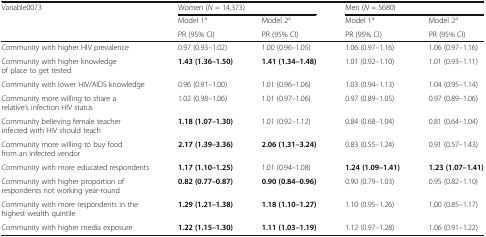
| <ROWSPAN=3> Variable0073 | <COLSPAN=2> Women (N = 14,373) | <COLSPAN=2> Men (N = 5680) |
 | Model 1a | Model 2a | Model 1a | Model 2a |
 | PR (95% CI) | PR (95% CI) | PR (95% CI) | PR (95% CI) |
 | --- | --- | --- | --- | --- |
 | Community with higher HIV prevalence | 0.97 (0.93–1.02) | 1.00 (0.96–1.05) | 1.06 (0.97–1.16) | 1.06 (0.97–1.16) |
 | Community with higher knowledge of place to get tested | 1.43 (1.36–1.50) | 1.41 (1.34–1.48) | 1.01 (0.92–1.10) | 1.01 (0.93–1.11) |
 | Community with lower HIV/AIDS knowledge | 0.96 (0.91–1.00) | 1.01 (0.96–1.06) | 1.03 (0.94–1.13) | 1.04 (0.95–1.14) |
 | Community more willing to share a relative’s infection HIV status | 1.02 (0.98–1.06) | 1.01 (0.97–1.06) | 0.97 (0.89–1.05) | 0.97 (0.89–1.06) |
 | Community believing female teacher infected with HIV should teach | 1.18 (1.07–1.30) | 1.01 (0.92–1.12) | 0.84 (0.68–1.04) | 0.81 (0.64–1.04) |
 | Community more willing to buy food from an infected vendor | 2.17 (1.39–3.36) | 2.06 (1.31–3.24) | 0.83 (0.55–1.24) | 0.91 (0.57–1.43) |
 | Community with more educated respondents | 1.17 (1.10–1.25) | 1.01 (0.94–1.08) | 1.24 (1.09–1.41) | 1.23 (1.07–1.41) |
 | Community with higher proportion of respondents not working year-round | 0.82 (0.77–0.87) | 0.90 (0.84–0.96) | 0.90 (0.79–1.03) | 0.95 (0.82–1.10) |
 | Community with more respondents in the highest wealth quintile | 1.29 (1.21–1.38) | 1.18 (1.10–1.27) | 1.10 (0.95–1.26) | 1.00 (0.85–1.17) |
 | Community with higher media exposure | 1.22 (1.15–1.30) | 1.11 (1.03–1.19) | 1.12 (0.97–1.28) | 1.06 (0.91–1.22) |